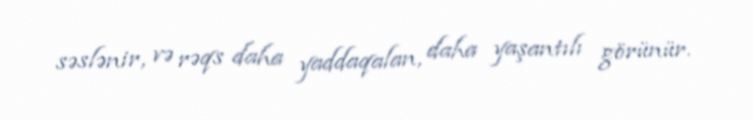
səslənir, və rəqs daha yaddaqalan, daha yaşantılı görünür.